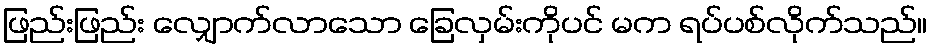
ဖြည်းဖြည်း လျှောက်လာသော ခြေလှမ်းကိုပင် မက ရပ်ပစ်လိုက်သည်။